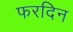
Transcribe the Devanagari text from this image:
फरदिन